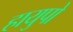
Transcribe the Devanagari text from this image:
हायुपो